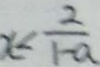
x < \frac { 2 } { 1 - a }